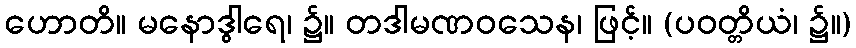
ဟောတိ။ မနောဒွါရေ၊ ၌။ တဒါမဏဝသေန၊ ဖြင့်။ (ပဝတ္တိယံ၊ ၌။)